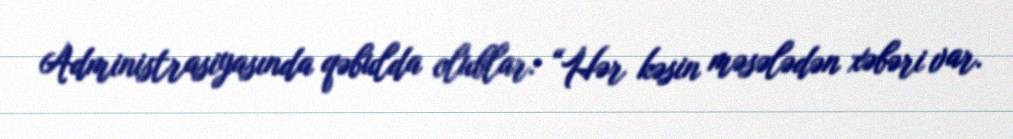
Administrasiyasında qəbulda olublar: “Hər kəsin məsələdən xəbəri var.